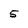
Character: 5